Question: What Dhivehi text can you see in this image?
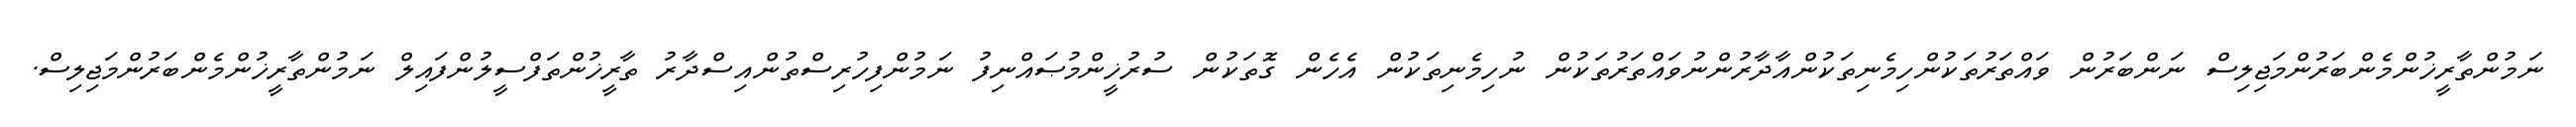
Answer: ނަމުންތާރީޚުންމެންބަރުންމަޖިލިސް ނަންބަރުން ވައްތަރުތަކުންހިމެނިތަކުންއާދާރުންނުވައްތަރުތަކުން ނުހިމެނިތަކުން އެހެން ގޮތަކުން ސުރުޚީންމުޞައްނިފު ނަމުންފިހުރިސްތުންއިސްދާރު ތާރީޚުންތަފްސީލުންފައިލް ނަމުންތާރީޚުންމެންބަރުންމަޖިލިސް.